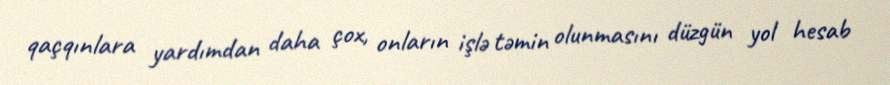
qaçqınlara yardımdan daha çox, onların işlə təmin olunmasını düzgün yol hesab